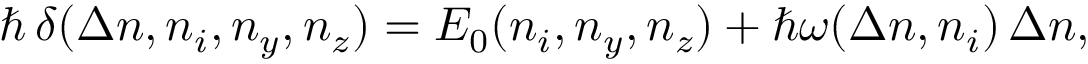
\hbar \, \delta ( \Delta n , n _ { i } , n _ { y } , n _ { z } ) = E _ { 0 } ( n _ { i } , n _ { y } , n _ { z } ) + \hbar \omega ( \Delta n , n _ { i } ) \, \Delta n ,